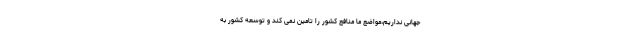
جهانی نداریم،مواضع ما منافع کشور را تامین نمی کند و توسعه کشور به